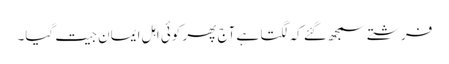
فرشتے سمجھ گئے کہ لگتا ہے آج پھر کوئی اہلِ ایمان جیت گیا۔